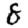
Digit: 8